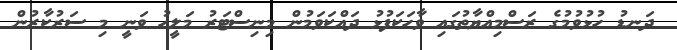
ދަނޑު ހުޅުވުމުގެ ރަސްމިއްޔާތުގައި ވާހަކަފުޅު ދައްކަވަމުން މިނިސްޓަރު މަލީހު ވަނީ މި ސަރުކާރުން